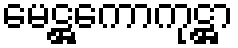
မေဋ္ဌကောကုဋ္ဌာ